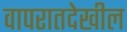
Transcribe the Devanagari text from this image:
वापरातदेखील